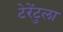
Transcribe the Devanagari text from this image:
टेरेंटुला